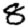
Digit: 8